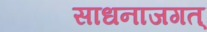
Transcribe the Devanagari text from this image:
साधनाजगत्